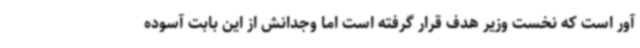
آور است که نخست وزیر هدف قرار گرفته است اما وجدانش از این بابت آسوده